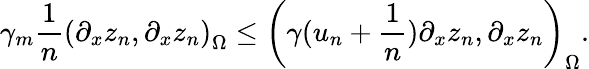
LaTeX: \gamma_{m}\frac{1}{n}\left(\partial_{x}z_{n},\partial_{x}z_{n}\right)_{\Omega}\leq\left(\gamma(u_{n}+\frac{1}{n})\partial_{x}z_{n},\partial_{x}z_{n}\right)_{\Omega}.